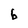
Character: b